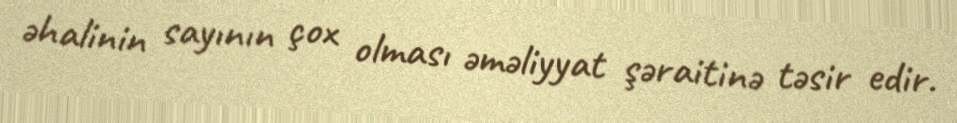
əhalinin sayının çox olması əməliyyat şəraitinə təsir edir.